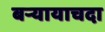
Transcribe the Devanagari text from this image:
बऱ्यायाचदा